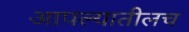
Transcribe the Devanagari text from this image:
आपल्यातीलच